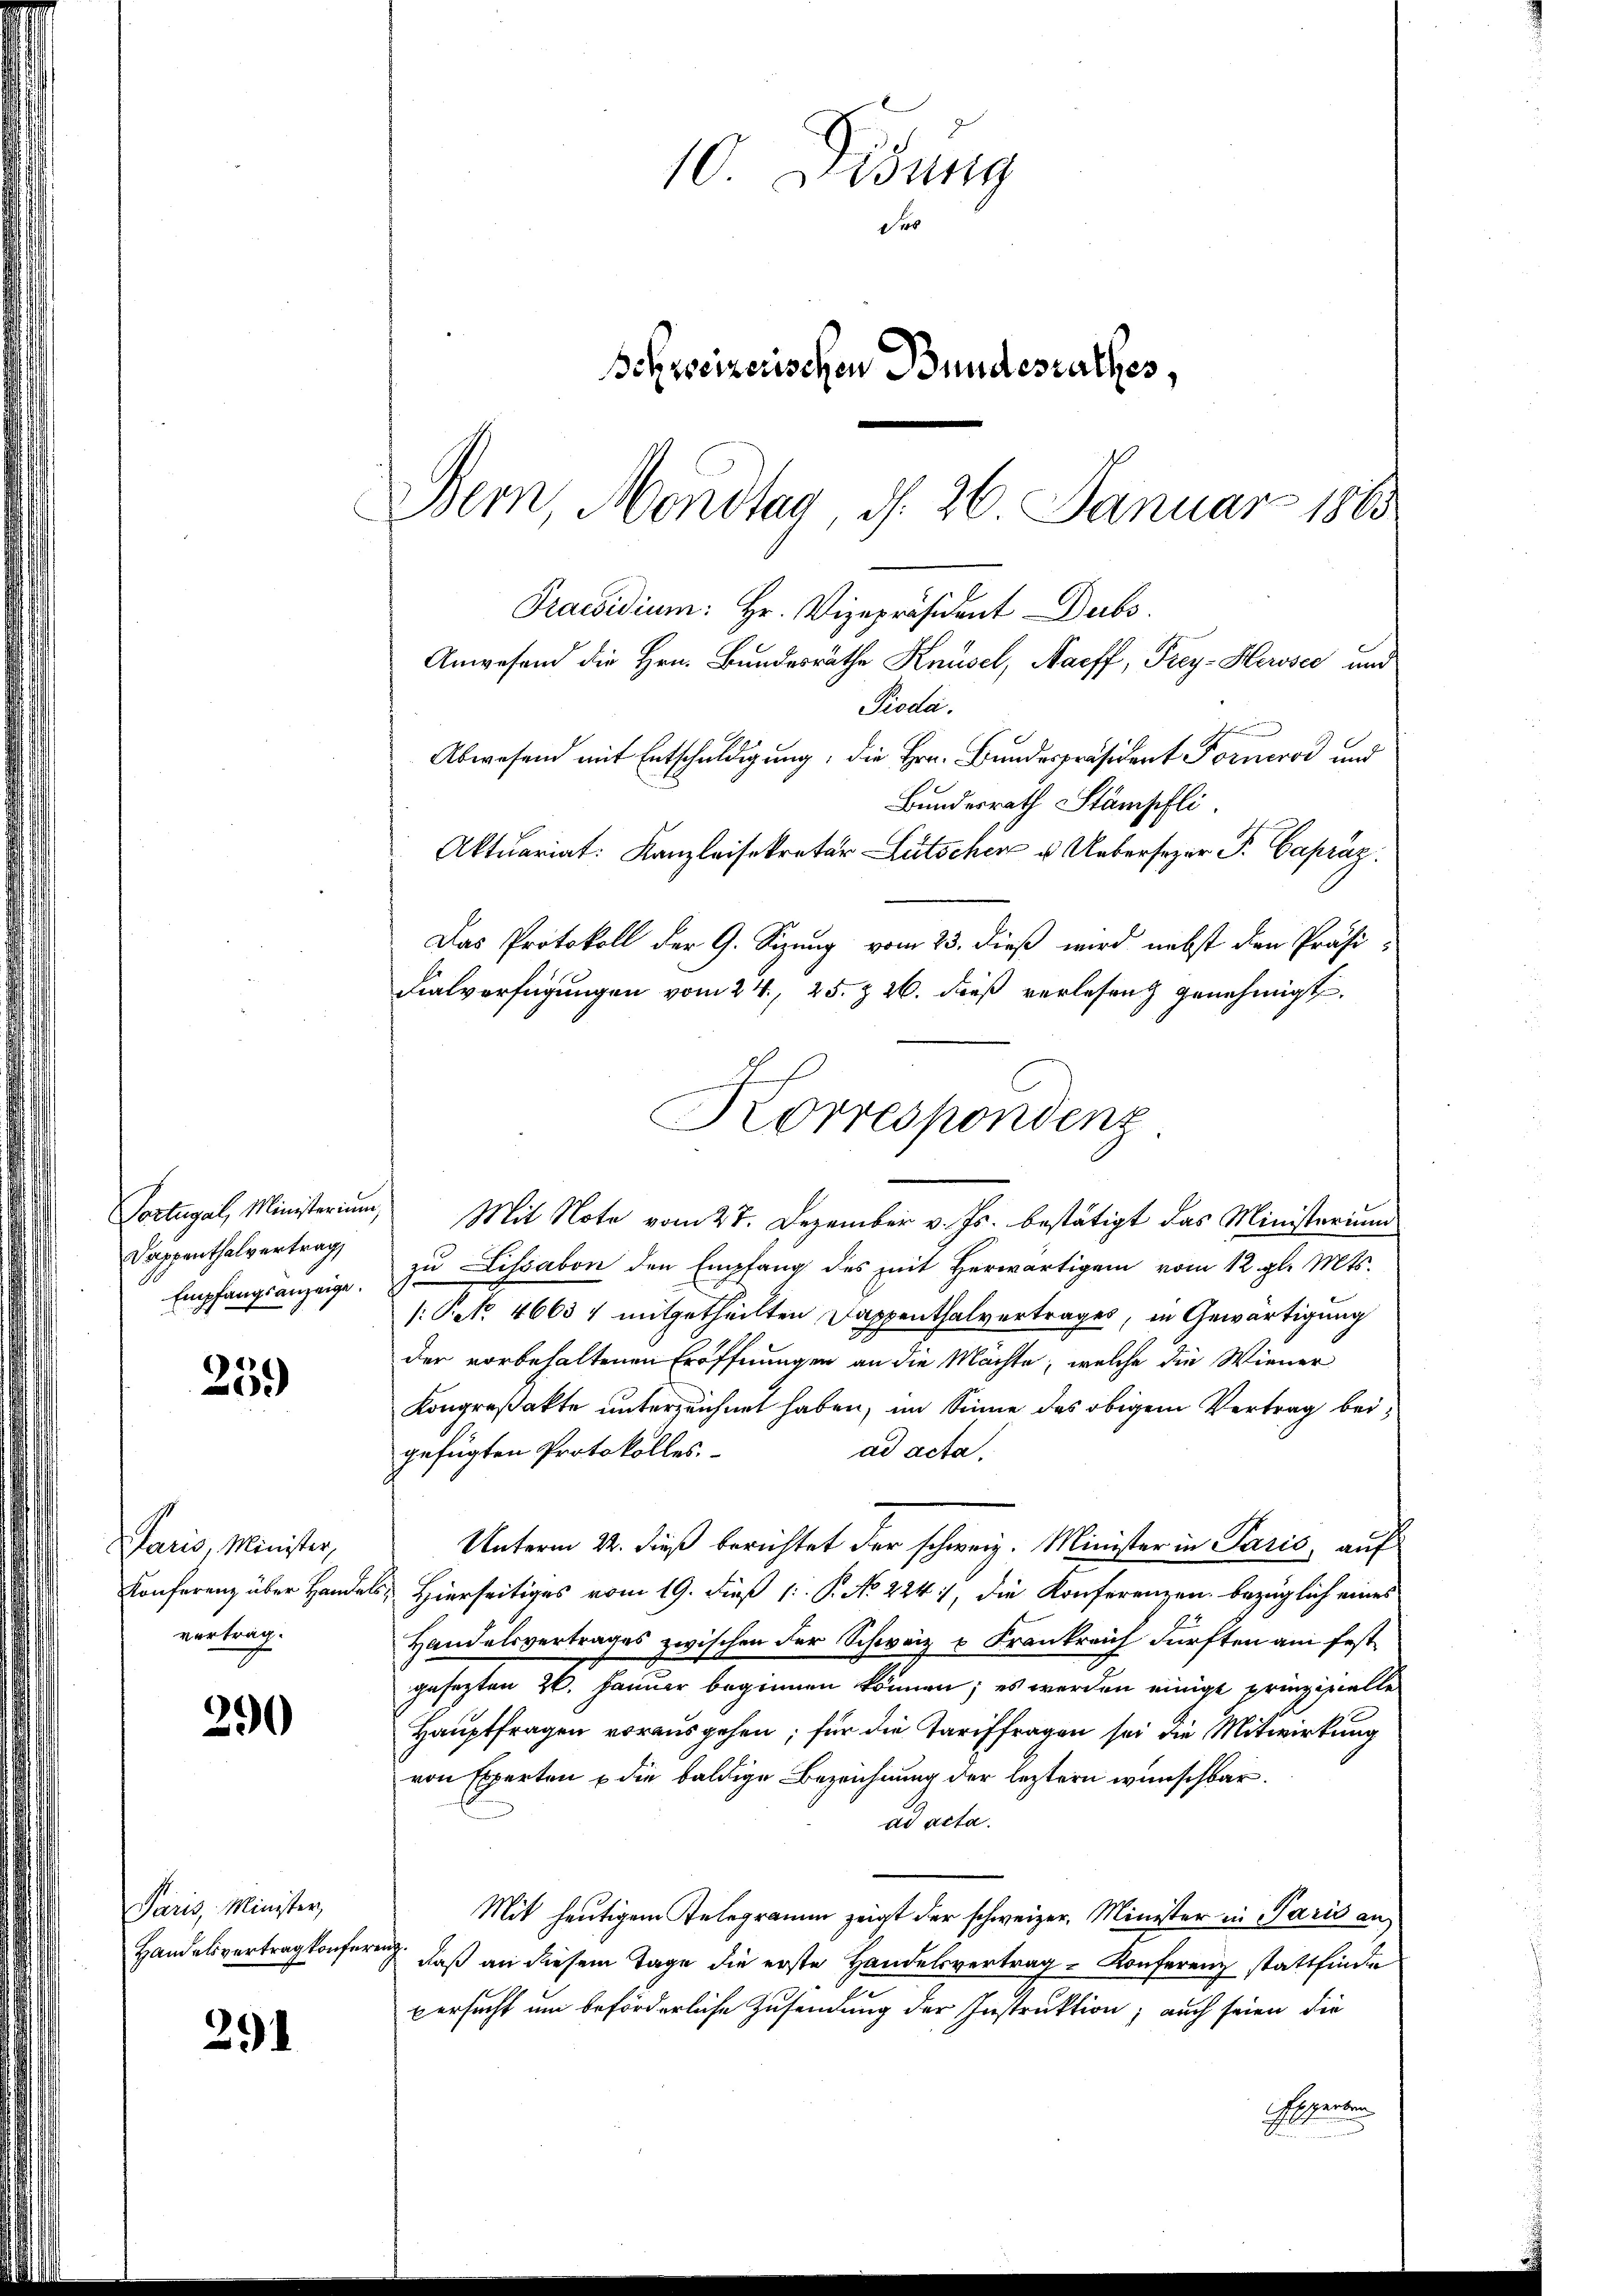
Dappenthalvertrag,
Empfangsanzeige.

259

Paris Minister,
Konferenz über Hander
vortrag.

290

Paris, Minister,
Handelsvertrag konferenz

291

Praesidium: Hr. Vizepräsident Dubs
Anwesend die Hrn. Bundesräthe Knüsel, Harff, Frey-Herose und
Pioda.
Abwesend mit Entschuldigung, die Hrn. Bundespräsident Fornrod und
Bundesrath Stämpfli
Aktuariat: Kanzleisekretär Lütscher u. Ueberspar P. Capráz
Das Protokoll der G. Sizung vom 23. dieß wird nebst den Präsi-
Fialverfügungen vom 24., 25. z 26. dieß verlesen genehmigt.
Portugal, Ministerium, Mit Note vom 27. Dezember v. Js. bestätigt das Ministerium
zu Lissabon den Empfang des mit Herwärtigem vom 12. gl. Mts.
/: Pek. 4663 4 mitgetheilten Dappenthalvertrages, in Gewärtigung
der vorbehaltenen Eröffnungen an die Mächte, welche die Wiener
Kongreßakte unterzeichnet haben, im Sinne des obigem Vertrag beiad acta.
gefügten Protokolles.
Unterm 22. dieß berichtet der schweiz. Minister in Paris, auf
E. Hierseitiges vom 19. dieß (. P. No 224, die Konferenzen bezüglich eines
Handelsvertrages zwischen der Schweiz & Frankreich dürften am festgesezten 26. Januar beginnen können; es werden einige prinzipielle
Hauptfragen vorausgehen; für die Tariffragen sei die Mitwirkung
von Experten u die baldige Bezeichnung der leztern wünschbar.
ad acta.
Mit heutigem Telegramm zeigt der schweizer, Minister in Paris an
daß an diesem Tage die erste Handelsvertrag Konferenz stattfinde
persucht um beförderliche Zusendung der Instruktion; auch seien die
Gegenden

10 Didung
des
Schweizerischen Bundesrathes,

Bern, Mondtag, d. 26 Januar 1883

Korrespondenz